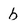
Character: b